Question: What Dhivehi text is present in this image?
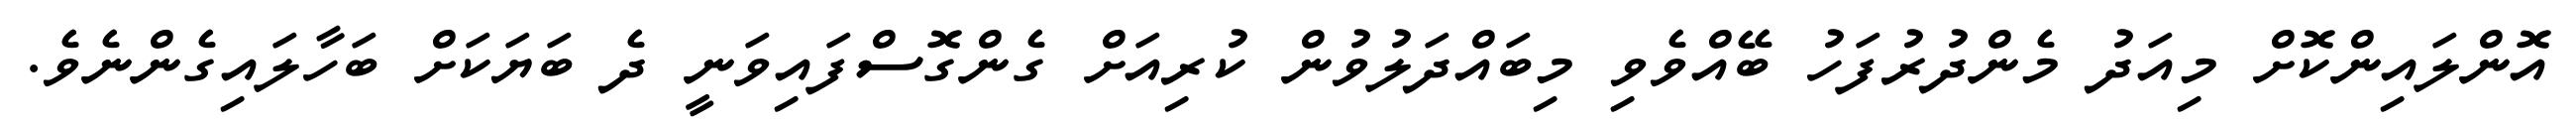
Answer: އޮންލައިންކޮށް މިއަދު މެންދުރުފަހު ބޭއްވެވި މިބައްދަލުވުން ކުރިއަށް ގެންގޮސްފައިވަނީ ދެ ބަޔަކަށް ބަހާލައިގެންނެވެ.